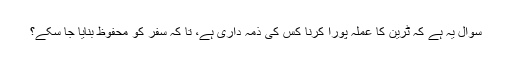
سوال یہ ہے کہ ٹرین کا عملہ پورا کرنا کس کی ذمہ داری ہے، تا کہ سفر کو محفوظ بنایا جا سکے؟